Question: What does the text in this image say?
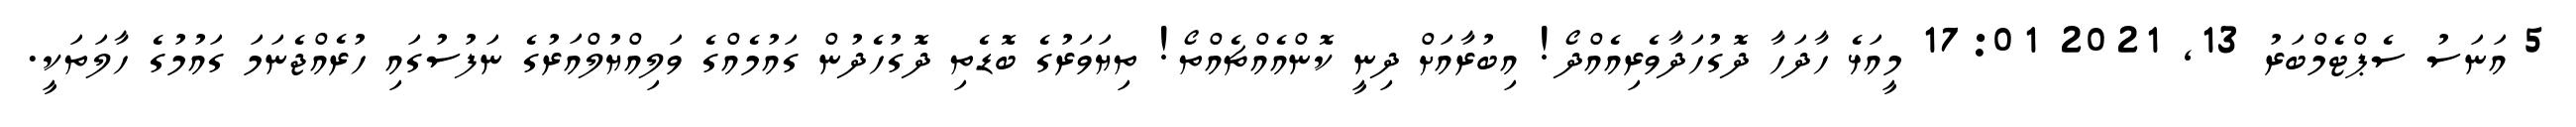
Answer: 5 އަނަސު ސެޕްޓެމްބަރު 13, 2021 17:01 މީއަޅެ ހާދަހާ ދޮގުހަދާވެރިއެއްދޯ! އިބުރާއަށް ދިނީ ކޮންއެއްޗެއްތޯ! ތިޔަވަރުގެ ބޮޑެތި ދޮގުހެދުން ގައުމެއްގެ ވަލިއްޔުލްއަރުގެ ނަފުސުގައި ހުރެއްޖެނަމަ ގައުމުގެ ހާލަތަކީ.